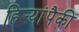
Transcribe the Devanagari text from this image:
हिर्‍यांपैकी